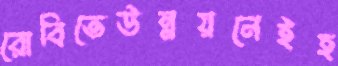
রোবিতেউন্নয়নেইহ